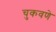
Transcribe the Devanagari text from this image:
चुकवणे